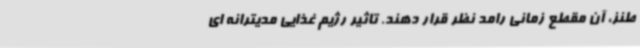
طنز، آن مقطع زمانی رامد نظر قرار دهند. تاثیر رژیم غذایی مدیترانه ای